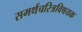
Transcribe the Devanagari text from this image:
समर्थचरित्रविषयक